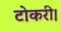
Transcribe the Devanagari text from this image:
टोकरी।